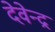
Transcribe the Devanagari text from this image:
देवेेन्द्र